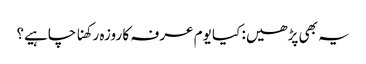
یہ بھی پڑھیں: کیا یوم عرفہ کا روزہ رکھنا چاہیے؟